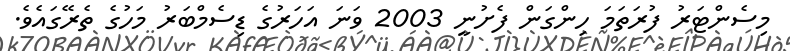
މިސެންޓަރު ފުރަތަމަ ހިންގަން ފެށުނީ 2003 ވަނަ އަހަރުގެ ޑިސެމްބަރު މަހުގެ ތެރޭގައެވެ.